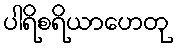
ပါရိစရိယာဟေတု